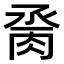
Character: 𦛆